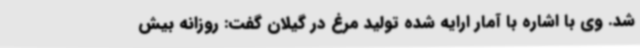
شد. وی با اشاره با آمار ارایه شده تولید مرغ در گیلان گفت: روزانه بیش